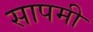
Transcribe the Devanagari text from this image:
सापमी